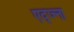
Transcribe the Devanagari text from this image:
एद्ज्ना